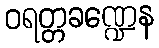
ဝရတ္တခဏ္ဍေန